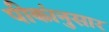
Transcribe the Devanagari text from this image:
पीकांनुसार